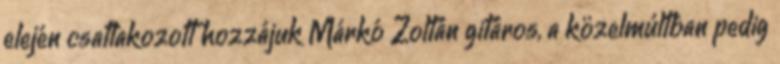
elején csatlakozott hozzájuk Márkó Zoltán gitáros, a közelmúltban pedig